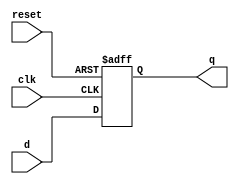
module neg_edge_d_ff (
    input wire clk,
    input wire reset,
    input wire d,
    output reg q
);

always @ (negedge clk or posedge reset)
begin
    if (reset)
        q <= 1'b0; // Reset the output Q to 0
    else
        q <= d;
end

endmodule